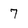
Character: 7